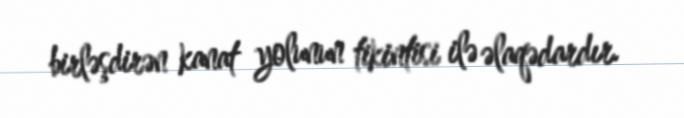
birləşdirən kanat yolunun tikintisi ilə əlaqədardır.